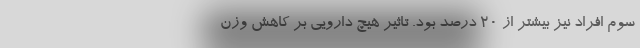
سوم افراد نیز بیشتر از ۲۰ درصد بود. تاثیر هیچ دارویی بر کاهش وزن